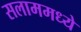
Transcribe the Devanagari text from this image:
सलाममध्ये